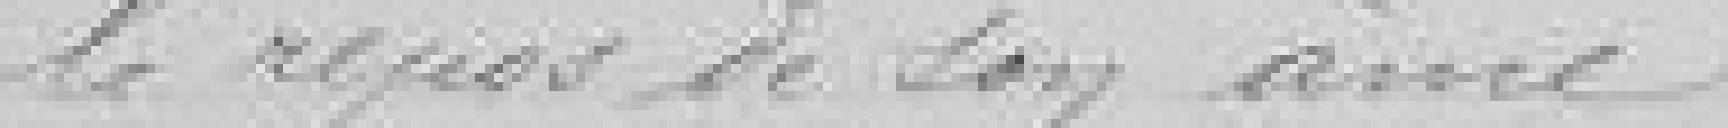
le repos de son âme